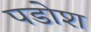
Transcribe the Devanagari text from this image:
पडोश